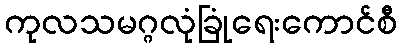
ကုလသမဂ္ဂလုံခြုံရေးကောင်စီ